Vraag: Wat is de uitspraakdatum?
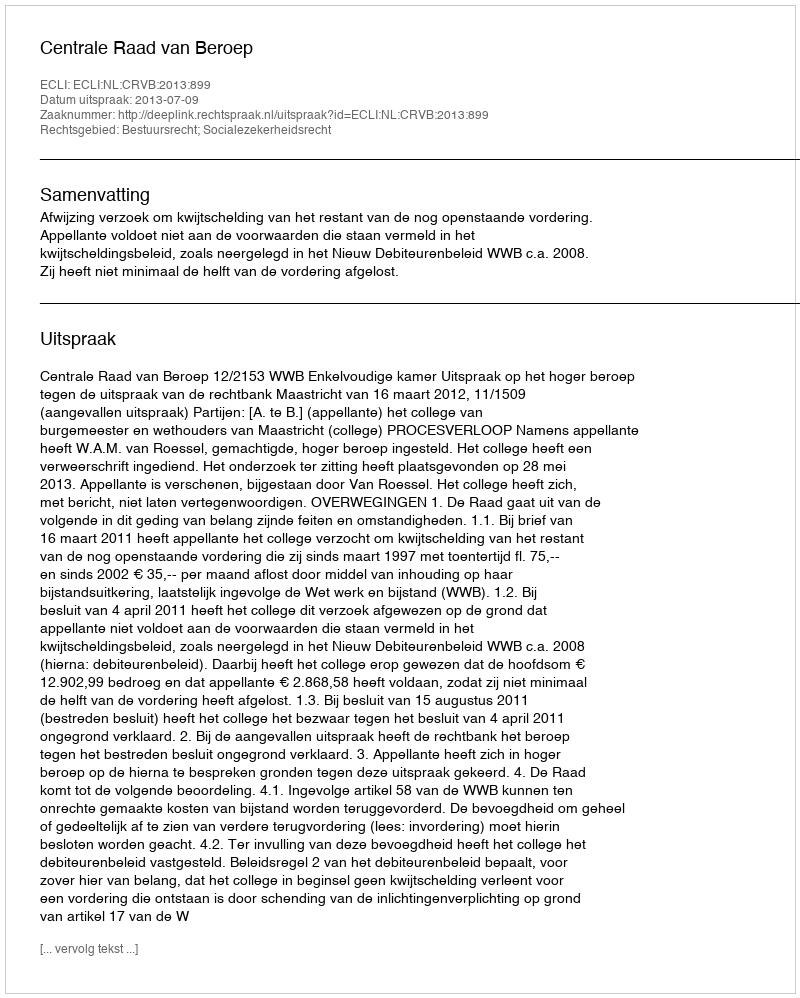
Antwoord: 2013-07-09